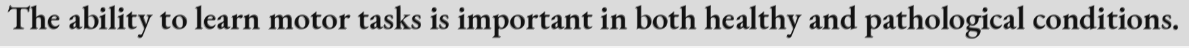
The ability to learn motor tasks is important in both healthy and pathological conditions.